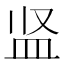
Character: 𪾋